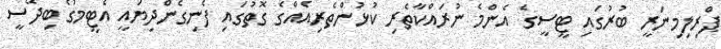
ޕްރިލިމިނަރީ ބުރުގައި ޓީސީގެ އެންމެ ނުރައްކާތެރި ކުޅުންތެރިއެއްގެ ގޮތުގައި ފެނިގެންދިޔައީ އެޓީމުގެ ބިދޭސީ